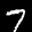
Label: 7